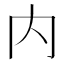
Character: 内